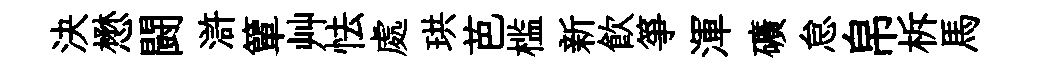
決懋闘滸簞艸怯處珙芭槛新飲箏渾礦怠帛柝馬